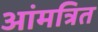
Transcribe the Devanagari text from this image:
आंमत्रित